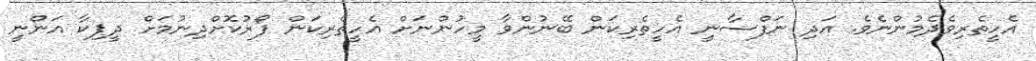
އެހީތެރިވެދެމުންނެވެ. އަދި ނަފްސާނީ އެހީތެރިކަން ބޭނުންވާ މީހުންނަށް އެހީތެރިކަން ފޯރުކޮށްދިނުމަށް ދީޕިކާ އަންނީ